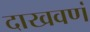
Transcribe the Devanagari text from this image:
दाखवणं